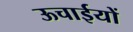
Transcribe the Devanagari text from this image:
ऊचाईयों